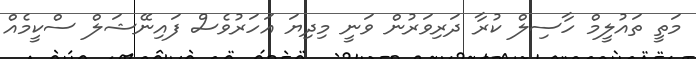
މަތީ ތައުލީމް ހާސިލް ކުރާ ދަރިވަރުން ވަނީ މިދިޔަ އަހަރުވެސް ފައިނޭޝަލް ސްކީމެއް